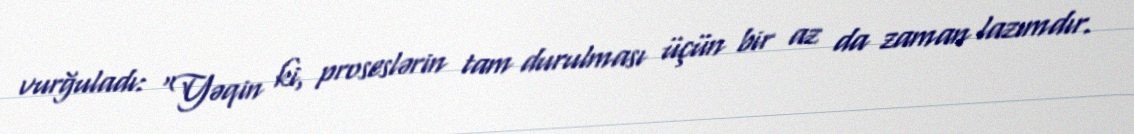
vurğuladı: “Yəqin ki, proseslərin tam durulması üçün bir az da zaman lazımdır.